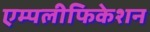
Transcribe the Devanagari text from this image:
एम्पलीफिकेशन